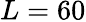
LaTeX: L=60